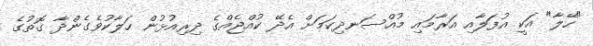
"ހޭލާ" އަކީ އުފަލާއި އަރާމައި މުއްސަނދިކަމަށް އެދޭ ކުއްޖެއްގެ ދިރިއުޅުން ހަލާކުވެގެންދާ ގޮތުގެ